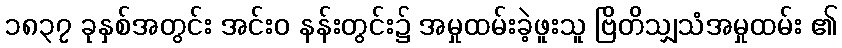
၁၈၃၇ ခုနှစ်အတွင်း အင်းဝ နန်းတွင်း၌ အမှုထမ်းခဲ့ဖူးသူ ဗြိတိသျှသံအမှုထမ်း ၏